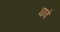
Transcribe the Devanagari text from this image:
घावे